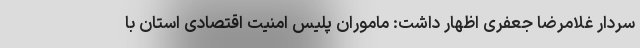
سردار غلامرضا جعفری اظهار داشت: ماموران پلیس امنیت اقتصادی استان با